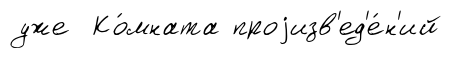
уже Ко́мната проjизв'ед'е́н'ий